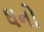
ઘનો